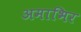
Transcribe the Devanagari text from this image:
अमाभिर